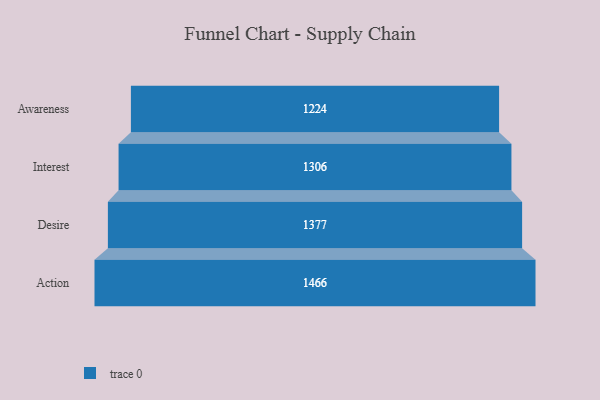
{"axis": {"x": "Stage", "y": "Value"}, "legend": [""], "data": [{"x": "Awareness", "y": 1224.0, "type": ""}, {"x": "Interest", "y": 1306.0, "type": ""}, {"x": "Desire", "y": 1377.0, "type": ""}, {"x": "Action", "y": 1466.0, "type": ""}]}